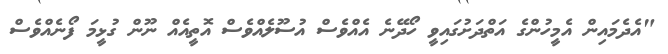
"އެދެމައިން އެމީހުންގެ އަތްދަށުގައިވީ ހޯދޭނެ އެއްވެސް އުސޫލެއްވެސް އޮތީއެއް ނޫން ގުޅީމަ ފޯނެއްވެސް